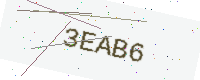
Text: 3EAB6